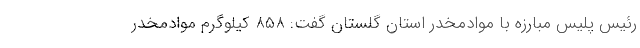
رئیس پلیس مبارزه با موادمخدر استان گلستان گفت: ۸۵۸ کیلوگرم موادمخدر